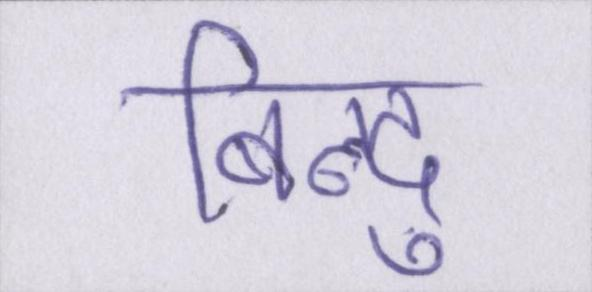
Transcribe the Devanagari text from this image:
बिन्दु